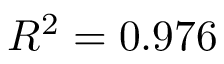
R ^ { 2 } = 0 . 9 7 6